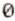
0